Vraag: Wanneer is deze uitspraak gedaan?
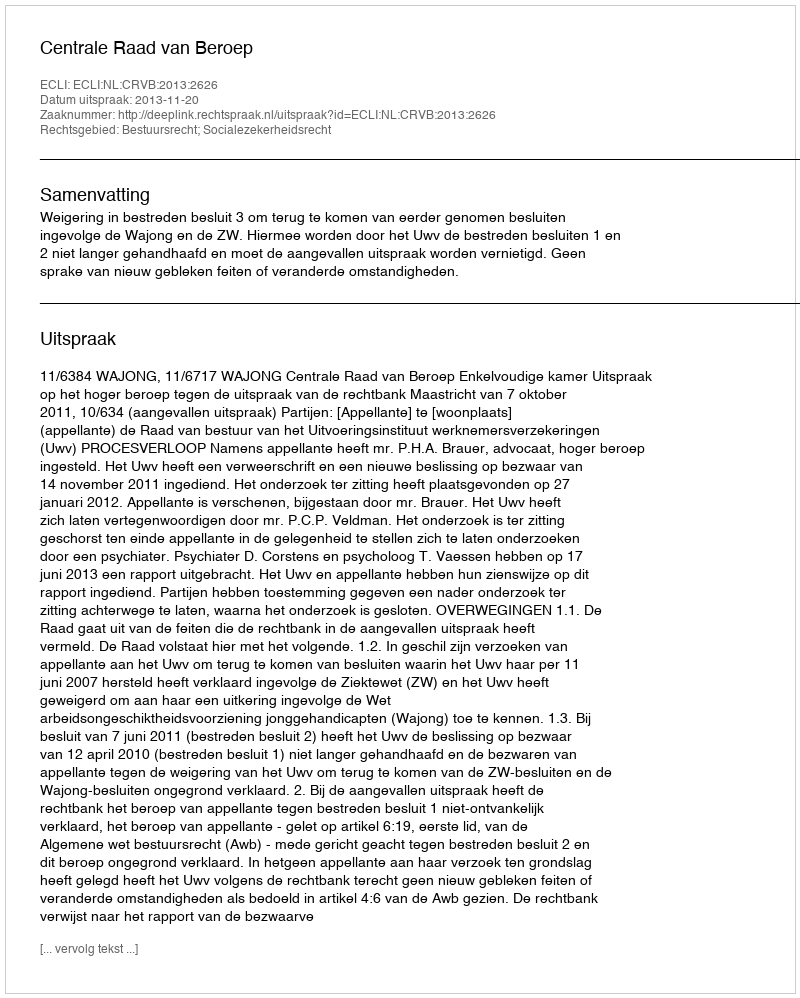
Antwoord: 2013-11-20